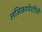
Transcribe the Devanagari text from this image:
लसिकापेशींची